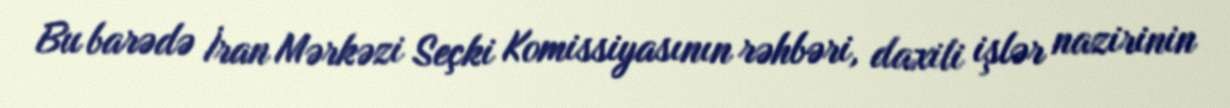
Bu barədə İran Mərkəzi Seçki Komissiyasının rəhbəri, daxili işlər nazirinin